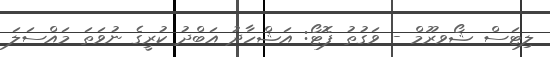
ލިޓަސް ޝޯވރޫމް - ވަގުތު ފޮޓޯ: އަޝްހާދު އަބްދު ކުރީގެ ނުވަތަ މައްސަލަ